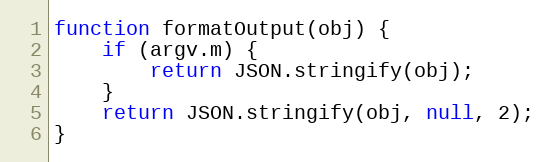
Language: JavaScript
function formatOutput(obj) {
	if (argv.m) {
		return JSON.stringify(obj);
	}
	return JSON.stringify(obj, null, 2);
}